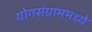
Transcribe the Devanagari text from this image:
योगसंग्राममध्ये